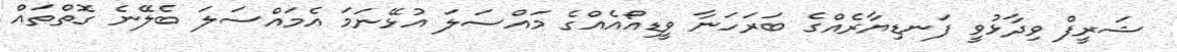
ޝަރީފް ވިދާޅުވީ ފަނޑިޔާރެއްގެ ބަރަހަނާ ވީޑިއޯއެއްގެ މައްސަލަ އުޅޭނަމަ އެމައްސަލަ ބެލޭނެ ގޮތްތައް